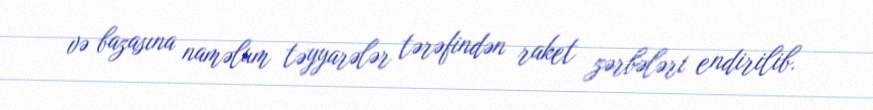
və bazasına naməlum təyyarələr tərəfindən raket zərbələri endirilib.